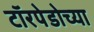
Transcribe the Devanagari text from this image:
टॉरपेडोच्या